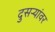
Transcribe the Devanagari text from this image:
दुसर्‍यांवर